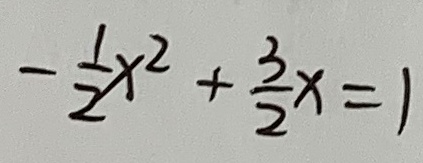
- \frac { 1 } { 2 } x ^ { 2 } + \frac { 3 } { 2 } x = 1